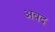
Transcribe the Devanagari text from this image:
अवद